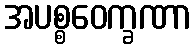
အပစ္စဝေက္ခဏာ